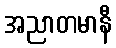
အညာတမာနီ